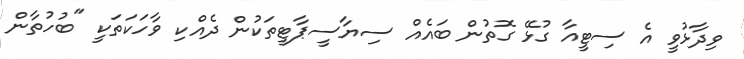
ވިދާޅުވީ އެ ސިޓީއާ ގުޅޭ ގޮތުން ބައެއް ސިޔާސީޕާޓީތަކުން ދެއްކި ވާހަކަތަކީ "ބުހުތާން